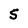
Character: 5